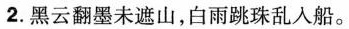
2. 黑云翻墨未遮山，白雨跳珠乱入船。